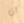
أن